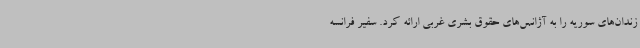
زندان‌های سوریه را به آژانس‌های حقوق بشری غربی ارائه کرد. سفیر فرانسه